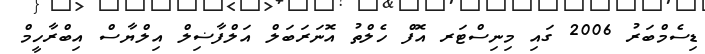
ޑިސެމްބަރު 2006 ގައި މިނިސްޓަރ އޮފް ހެލްތު އޮނަރަބަލް އަލްފާޟިލް އިލްޔާސް އިބްރާހީމް